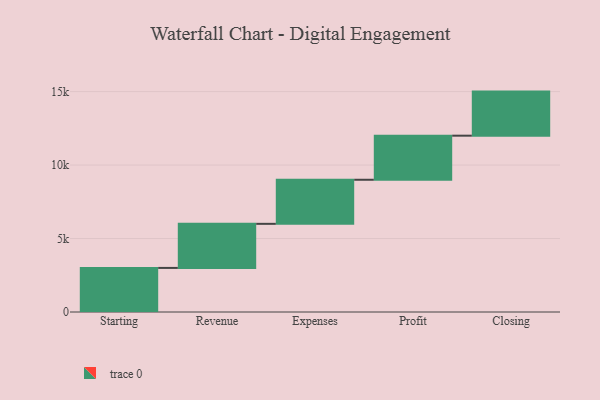
{"axis": {"x": "Step", "y": "Value"}, "legend": [""], "data": [{"x": "Starting", "y": 3000, "type": ""}, {"x": "Revenue", "y": 3000, "type": ""}, {"x": "Expenses", "y": 3000, "type": ""}, {"x": "Profit", "y": 3000, "type": ""}, {"x": "Closing", "y": 3000, "type": ""}]}